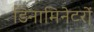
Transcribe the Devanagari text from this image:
डिनामिनेटरों